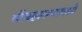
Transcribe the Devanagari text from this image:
बॉबहल्ल्यामध्ये